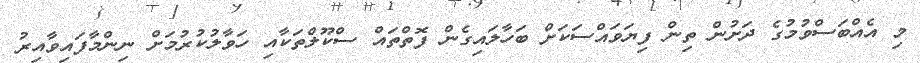
މި އެއްބަސްވުމުގެ ދަށުން ތިން ފިޔަވައްސަކަށް ބަހާލައިގެން ފޮތްތައް ސްކޫލްތަކާއި ހަވާލުކުރުމަށް ނިންމާފައިވާއިރު